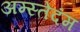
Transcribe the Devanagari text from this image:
अम्स्तेदंम